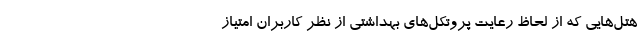
هتل‌هایی که از لحاظ رعایت پروتکل‌های بهداشتی از نظر کاربران امتیاز